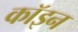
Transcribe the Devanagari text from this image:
कॉइन